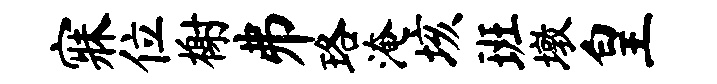
寐位榭井珞淹垓班墩皇